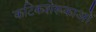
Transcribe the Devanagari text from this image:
कटिकशेरूकाओं